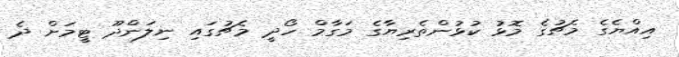
އިއްޔެގެ މެޗުގެ މޮޅު ކުޅުންތެރިޔާގެ މަގާމް ހޯދީ މެޗުގައި ނިލަންދޫ ޓީމަށް ދެ